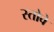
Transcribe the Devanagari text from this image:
स्तोवे